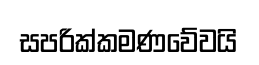
සපරික්කමණවේවයි